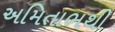
અમિતાભથી